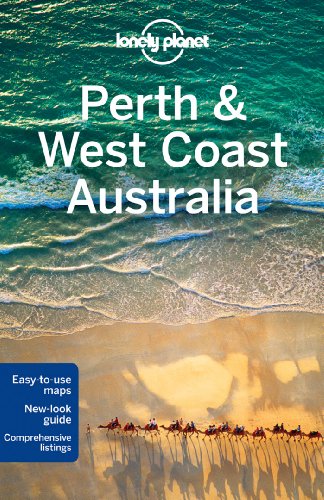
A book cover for Lonely Planet Perth & West Coast Australia (Travel Guide); Lonely Planet; Travel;